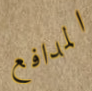
المدافع